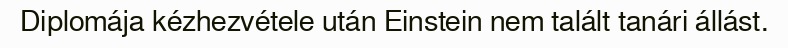
Diplomája kézhezvétele után Einstein nem talált tanári állást.